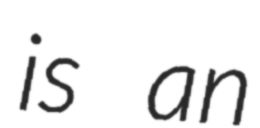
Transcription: is an